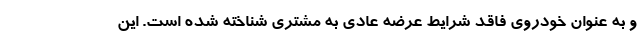
و به عنوان خودروی فاقد شرایط عرضه عادی به مشتری شناخته شده است. این